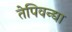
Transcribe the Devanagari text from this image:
तेपिवन्द्या